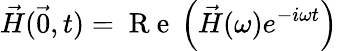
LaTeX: \vec{H}(\vec{0},t)=\mathrm{~R~e~}\left(\vec{H}(\omega)e^{-i\omega t}\right)